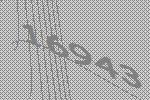
16943